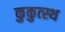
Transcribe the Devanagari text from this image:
कुकुत्स्थ